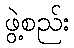
ဖွဲ့စည်း